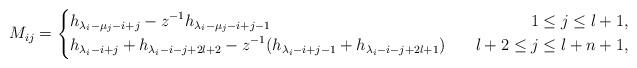
LaTeX: \begin{align*}M_{ij}=\left\{\begin{aligned}&h_{\lambda_i-\mu_j-i+j}-z^{-1}h_{\lambda_i-\mu_j-i+j-1}~~&~~1\leq j\leq l+1,\\&h_{\lambda_i-i+j}+h_{\lambda_i-i-j+2l+2}-z^{-1}(h_{\lambda_i-i+j-1}+h_{\lambda_i-i-j+2l+1})~&~~l+2\leq j\leq l+n+1,\end{aligned}\right.\end{align*}